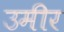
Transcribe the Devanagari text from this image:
उमीर